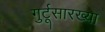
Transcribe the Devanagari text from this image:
गुर्टूसारख्या